Scottish Leaving Certificate Examination, 1958
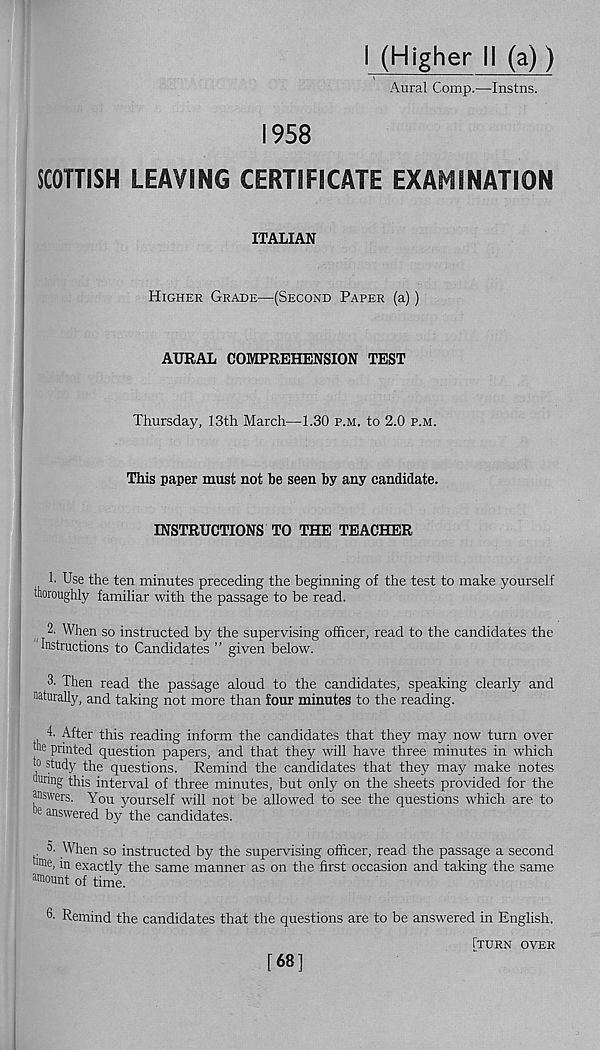
I (Higher il (a))
Aural Comp.—Instns.
1958
SCOTTISH LEAVING CERTIFICATE EXAMINATION
ITALIAN
Higher Grade—(Second Paper (a))
AURAL COMPREHENSION TEST
Thursday, 13th March—1.30 p.m. to 2.0 p.m.
This paper must not be seen by any candidate.
INSTRUCTIONS TO THE TEACHER
!• Use the ten minutes preceding the beginning of the test to make yourself
thoroughly familiar with the passage to be read.
2. When so instructed by the supervising officer, read to the candidates the
Instructions to Candidates ” given below.
3- Then read the passage aloud to the candidates, speaking clearly and
naturally, and taking not more than four minutes to the reading.
4. After this reading inform the candidates that they may now turn over
printed question papers, and that they will have three minutes in which
M study the questions. Remind the candidates that they may make notes
miring this interval of three minutes, but only on the sheets provided for the
answers. You yourself will not be allowed to see the questions which are to
e answered by the candidates.
5. When so instructed by the supervising officer, read the passage a second
time, in exactly the same manner as on the first occasion and taking the same
amount of time.
Remind the candidates that the questions are to be answered in English.
[turn over
[68]